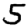
Digit: 5